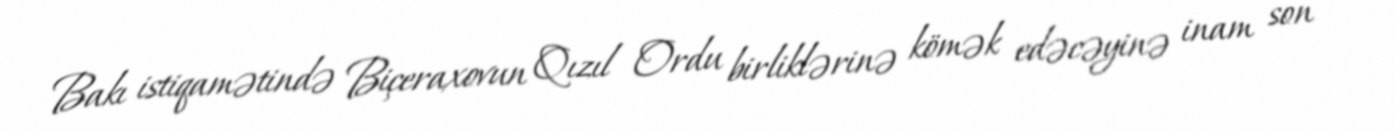
Bakı istiqamətində Biçeraxovun Qızıl Ordu birliklərinə kömək edəcəyinə inam son